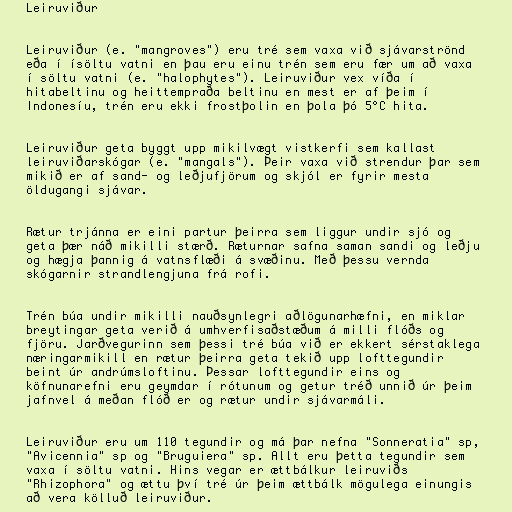
Leiruviður

Leiruviður (e. "mangroves") eru tré sem vaxa við sjávarströnd
eða í ísöltu vatni en þau eru einu trén sem eru fær um að vaxa
í söltu vatni (e. "halophytes"). Leiruviður vex víða í
hitabeltinu og heittempraða beltinu en mest er af þeim í
Indonesíu, trén eru ekki frostþolin en þola þó 5°C hita.

Leiruviður geta byggt upp mikilvægt vistkerfi sem kallast
leiruviðarskógar (e. "mangals"). Þeir vaxa við strendur þar sem
mikið er af sand- og leðjufjörum og skjól er fyrir mesta
öldugangi sjávar.

Rætur trjánna er eini partur þeirra sem liggur undir sjó og
geta þær náð mikilli stærð. Ræturnar safna saman sandi og leðju
og hægja þannig á vatnsflæði á svæðinu. Með þessu vernda
skógarnir strandlengjuna frá rofi.

Trén búa undir mikilli nauðsynlegri aðlögunarhæfni, en miklar
breytingar geta verið á umhverfisaðstæðum á milli flóðs og
fjöru. Jarðvegurinn sem þessi tré búa við er ekkert sérstaklega
næringarmikill en rætur þeirra geta tekið upp lofttegundir
beint úr andrúmsloftinu. Þessar lofttegundir eins og
köfnunarefni eru geymdar í rótunum og getur tréð unnið úr þeim
jafnvel á meðan flóð er og rætur undir sjávarmáli.

Leiruviður eru um 110 tegundir og má þar nefna "Sonneratia" sp,
"Avicennia" sp og "Bruguiera" sp. Allt eru þetta tegundir sem
vaxa í söltu vatni. Hins vegar er ættbálkur leiruviðs
"Rhizophora" og ættu því tré úr þeim ættbálk mögulega einungis
að vera kölluð leiruviður.